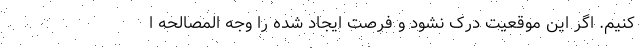
کنیم‌. اگر این موقعیت درک نشود و فرصت ایجاد شده را وجه المصالحه ا